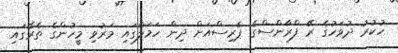
ހުކުރު ދުވަހުގެ ރޭ ފްރާންސްގެ ޕެރިސްއަށް ދިން ހަމަލާގައި މަރުވި މީހުންގެ ތެރޭގައި